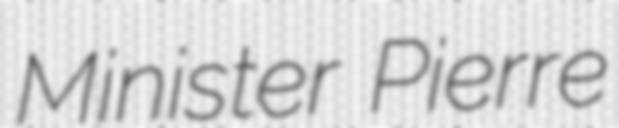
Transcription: Minister Pierre